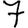
Digit: 7